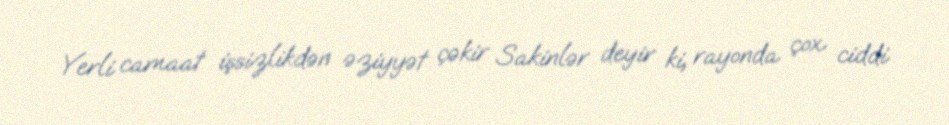
Yerli camaat işsizlikdən əziyyət çəkir Sakinlər deyir ki, rayonda çox ciddi